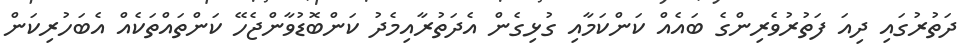
ދަތުރުގައި ދިއަ ފަތުރުވެރިންގެ ބައެއް ކަންކަމާއި ގުޅިގެން އެދަތުރާއިމެދު ކަންބޮޑުވާންޖެހޭ ކަންތައްތަކެއް އެބަހުރިކަން